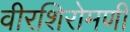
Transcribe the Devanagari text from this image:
वीरशिरोमणी